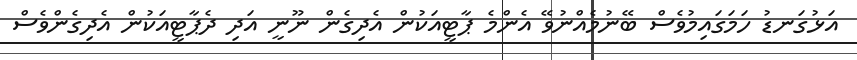
އަޅުގަނޑު ހަމަގައިމުވެސް ބޭނުމެއްނުވޭ އެންމެ ޕާޓީއަކުން އެދިގެން ނޫނީ އަދި ދެޕާޓީއަކުން އެދިގެންވެސް